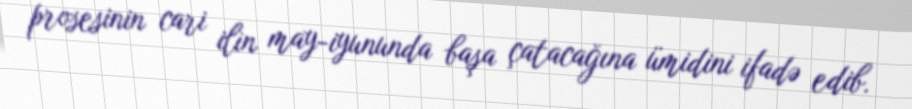
prosesinin cari ilin may-iyununda başa çatacağına ümidini ifadə edib.